Medical and sanitary report of the native army of Bengal for the year
Year: 1876
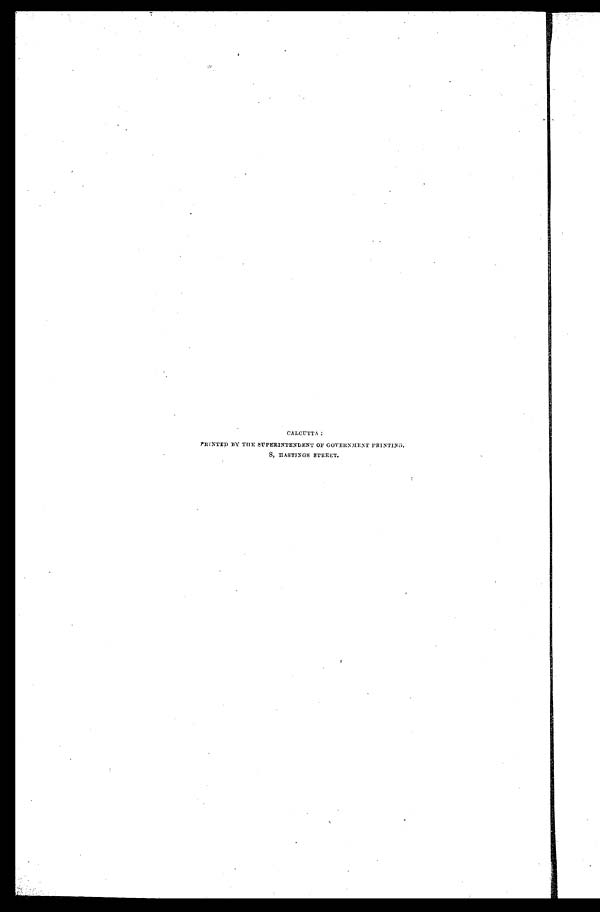
CALCUTTA:
PRINTED BY THE SUPERINTENDENT OF GOVERNMENT PRINTING.
8, HASTINGS STREET.